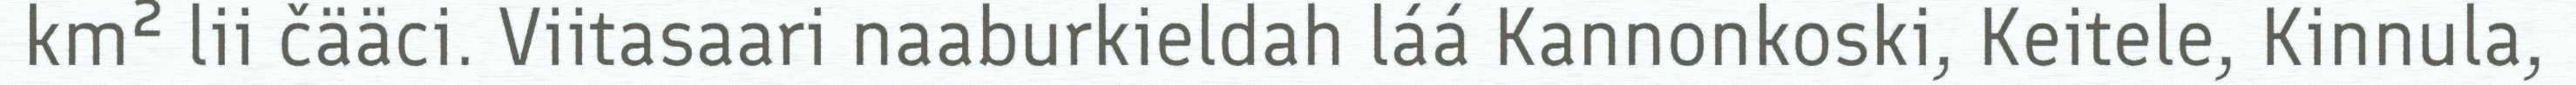
km² lii čääci. Viitasaari naaburkieldah láá Kannonkoski, Keitele, Kinnula,